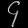
Digit: ၄